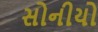
સોનીયો